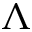
\Lambda